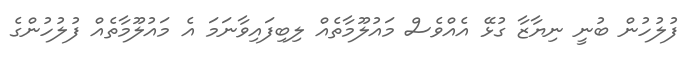
ފުލުހުން ބުނީ ނިޔާޒާ ގުޅޭ އެއްވެސް މައުލޫމާތެއް ލިބިފައިވާނަމަ އެ މައުލޫމާތެއް ފުލުހުންގެ